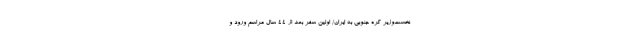
نخست‌وزیر کره جنوبی به ایران/ اولین سفر بعد از ۴۴ سال مراسم ورود و